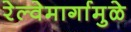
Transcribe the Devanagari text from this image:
रेल्वेमार्गामुळे